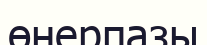
өнерпазы